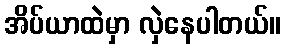
အိပ်ယာထဲမှာ လှဲနေပါတယ်။